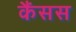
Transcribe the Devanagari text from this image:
कैंसस